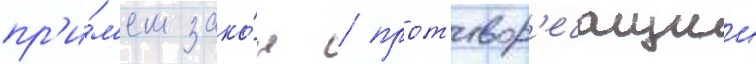
пр'и́м'ем зако́н / прот'ивор'ечащии